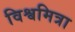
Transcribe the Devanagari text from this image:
विश्वमित्रा